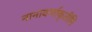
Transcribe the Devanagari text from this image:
नानावर्णाकृतीनि